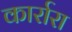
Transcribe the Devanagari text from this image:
कार्रारा